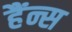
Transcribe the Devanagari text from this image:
हैंन्स